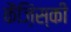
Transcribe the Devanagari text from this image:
कैज़िंस्की